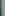
|